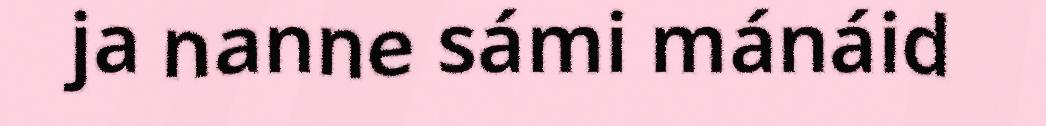
ja nanne sámi mánáid